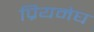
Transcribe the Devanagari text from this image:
प्रियमेघ